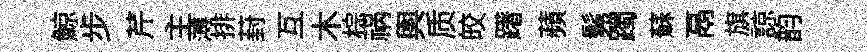
鯨步芹主薄排葑互木棕祸輿质皎躇蘋髴躅蘇鬲旗諒韵